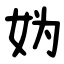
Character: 妫